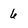
Character: 6